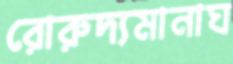
রোরুদ্যমানাঘ